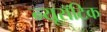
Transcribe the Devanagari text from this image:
न्यूरॉटिक